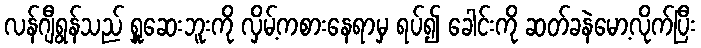
လန်ဂျီရွန်သည် ရှူဆေးဘူးကို လှိမ့်ကစားနေရာမှ ရပ်၍ ခေါင်းကို ဆတ်ခနဲမော့လိုက်ပြီး